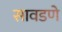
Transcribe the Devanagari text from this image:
सावडणे